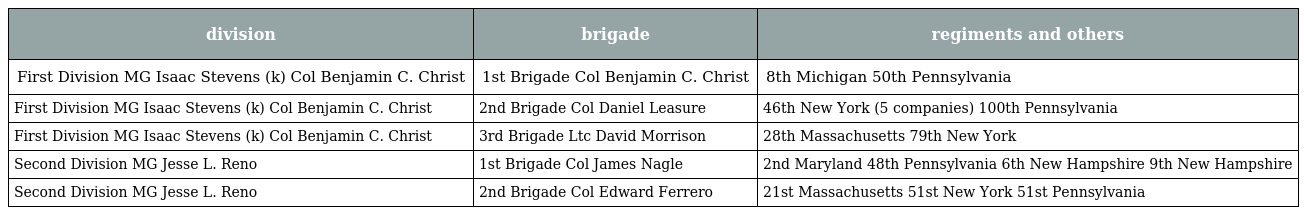
| division | brigade | regiments and others |
 | --- | --- | --- |
 | First Division MG Isaac Stevens (k) Col Benjamin C. Christ | 1st Brigade Col Benjamin C. Christ | 8th Michigan 50th Pennsylvania |
 | First Division MG Isaac Stevens (k) Col Benjamin C. Christ | 2nd Brigade Col Daniel Leasure | 46th New York (5 companies) 100th Pennsylvania |
 | First Division MG Isaac Stevens (k) Col Benjamin C. Christ | 3rd Brigade Ltc David Morrison | 28th Massachusetts 79th New York |
 | Second Division MG Jesse L. Reno | 1st Brigade Col James Nagle | 2nd Maryland 48th Pennsylvania 6th New Hampshire 9th New Hampshire |
 | Second Division MG Jesse L. Reno | 2nd Brigade Col Edward Ferrero | 21st Massachusetts 51st New York 51st Pennsylvania |